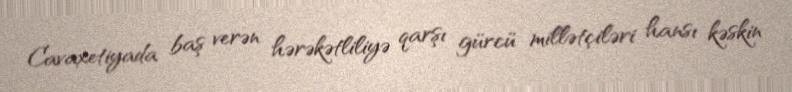
Cavaxetiyada baş verən hərəkətliliyə qarşı gürcü millətçiləri hansı kəskin